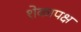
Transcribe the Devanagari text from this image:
शेकापक्ष